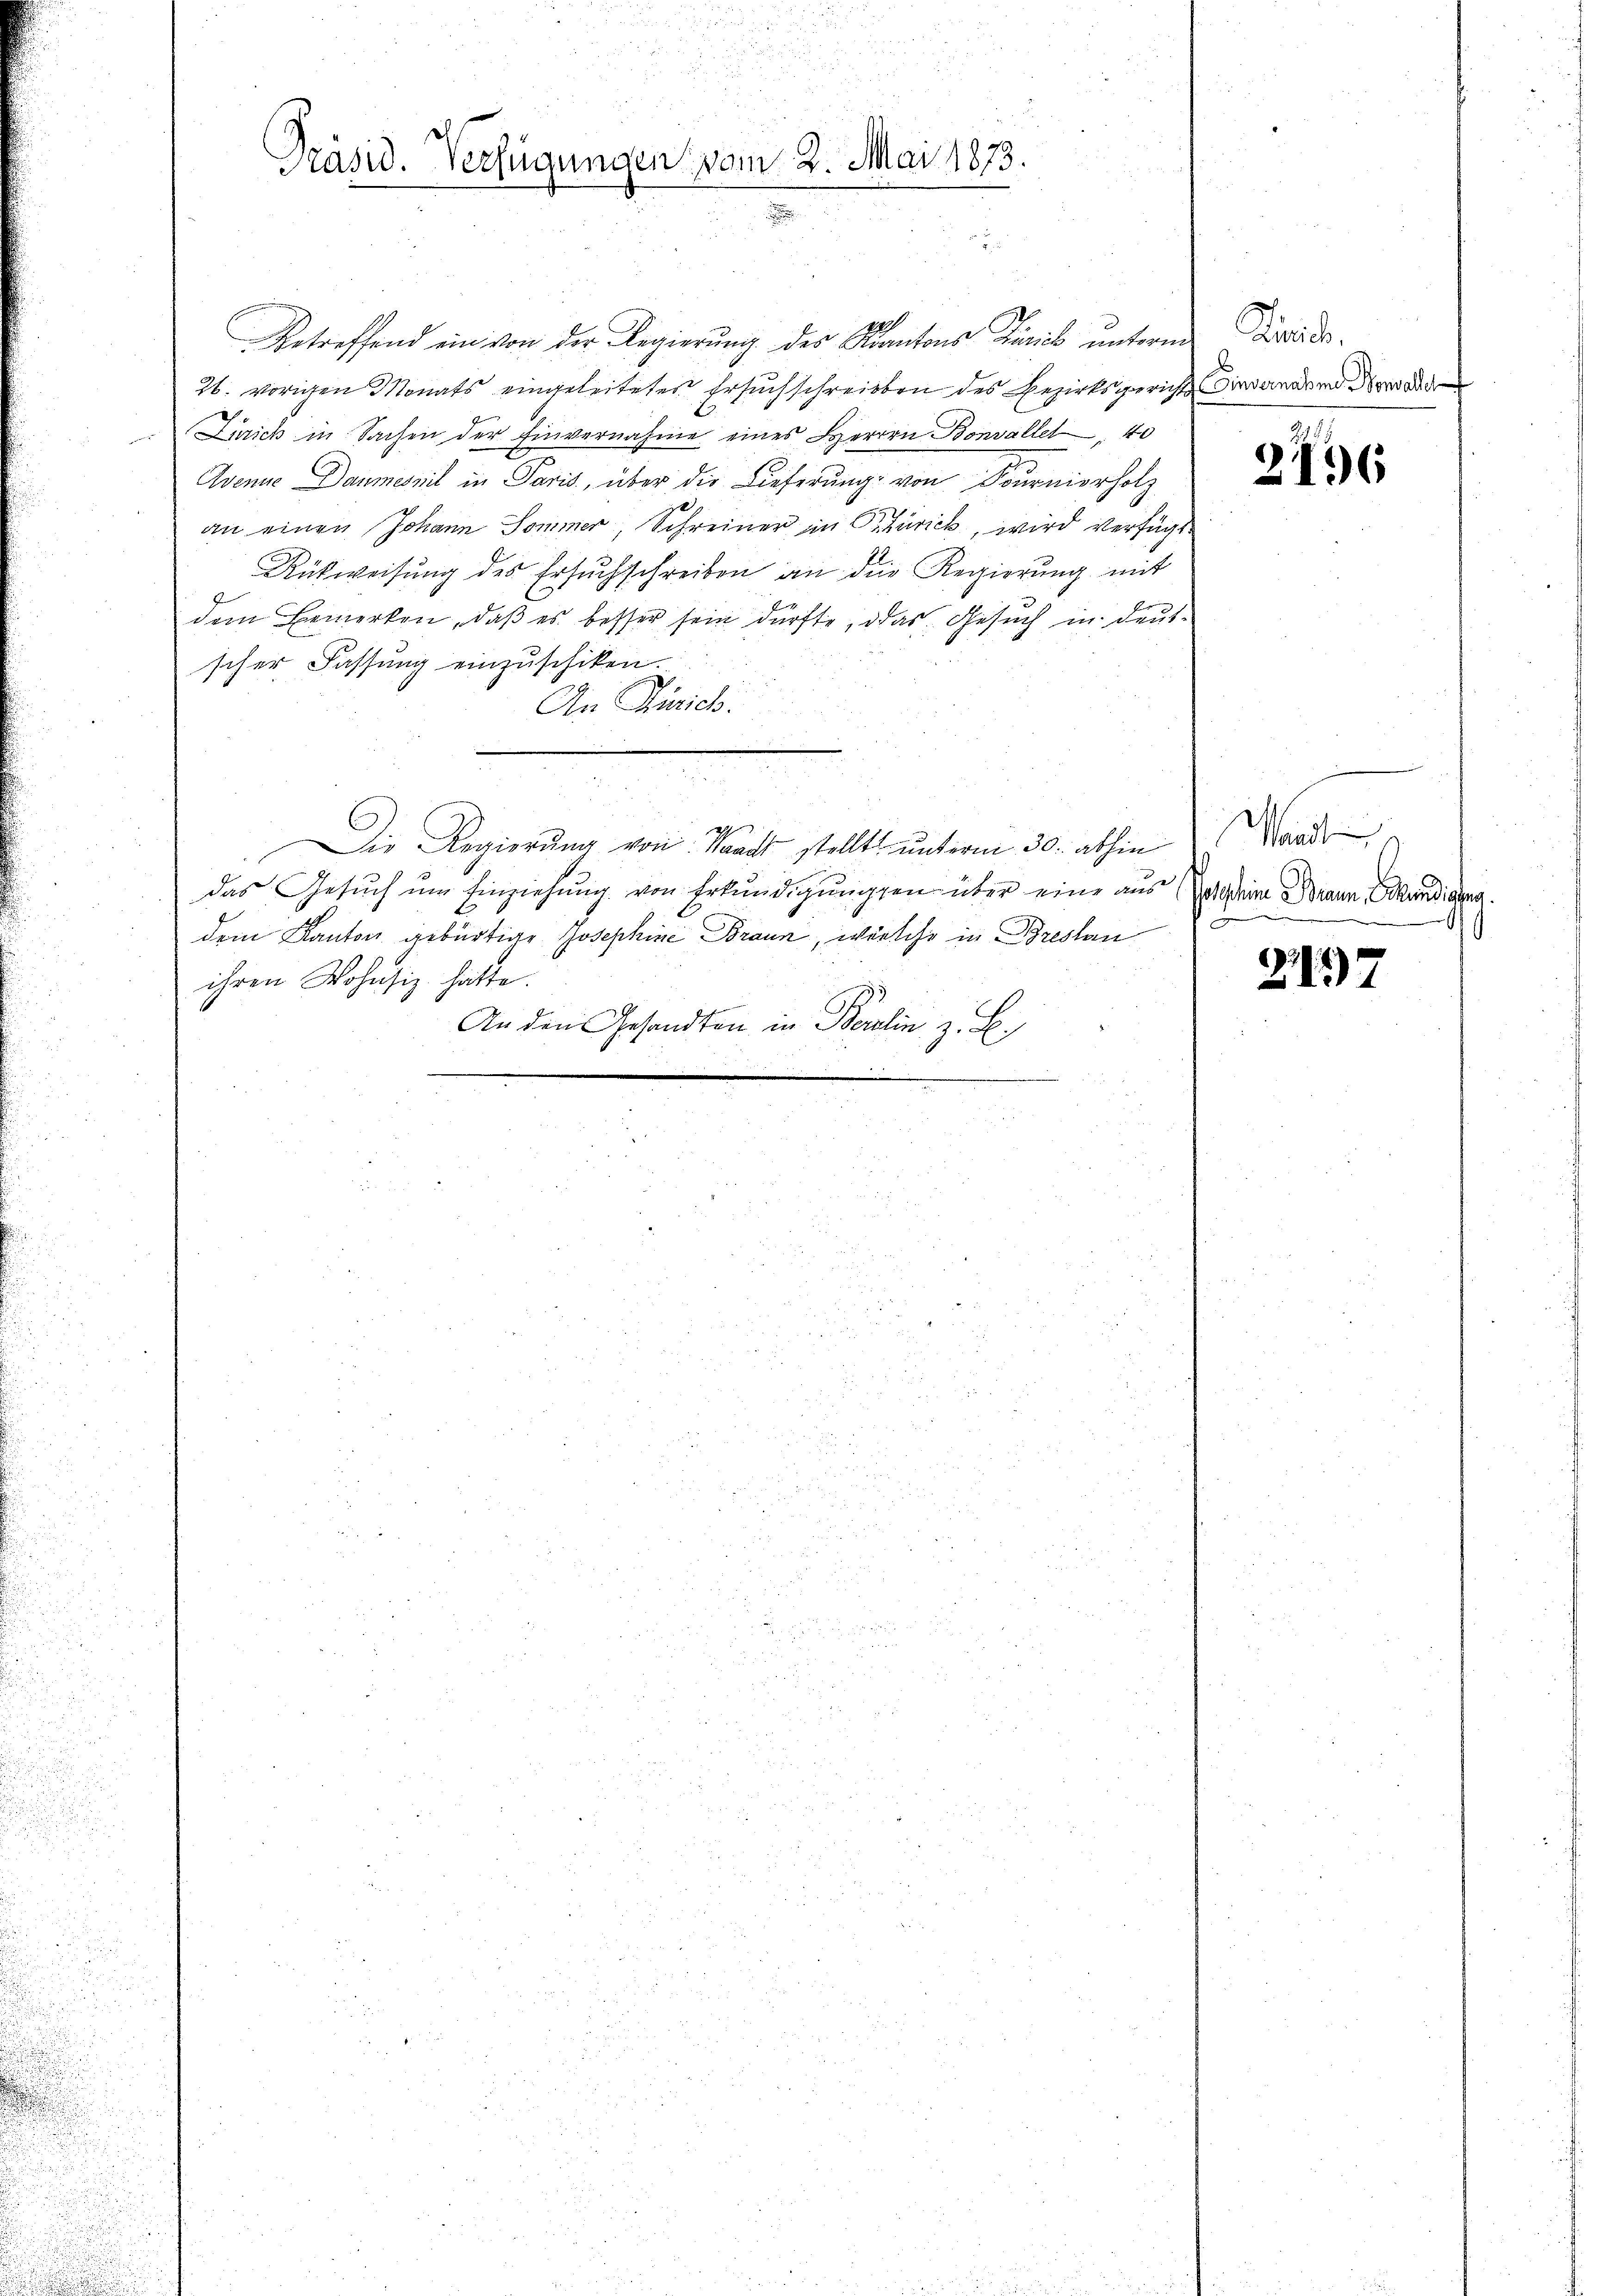
d

d
.
52
.
.

Präsid. Verfügungen vom 2. Mai 1873.

.

Betreffend ein von der Regierung der Kantons Trieb unterm Gerade.
26. vorigen Monats eingeleitetes Ersuchschreiben des Bezirksgericht die andend der
Lirich in Sachen der Einvernahme eines Herren Bonvallet 40
Avenue Daumes mit in Paris, über die Lieferung von Sournierholz
an einen Johann Sommer, Schreiner in Zürich, wird verfügt
Rükweisŭng des Ersuchschreiben an die Regierŭng mit
dem Bemerken, daß es besser sein dürfte, das Gesuch in deutscher Fassung einzuschiken.
An Zürich.
5
2
Die Regierŭng von Waadt stellt unterm 30. abhin
das Gesuch um Einziehung von Erkundigungen über eine aus sein Brann, Sekundigen.
dem Kanton gebürtige Josephine Braun, welche in Breslan
ihren Wohnsiz hatte.
An den Gesandten in Berlin z. B.

296

Waadt
e
1

217